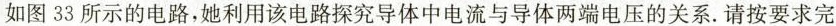
如图33所示的电路，她利用该电路探究导体中电流与导体两端电压的关系。请按要求完